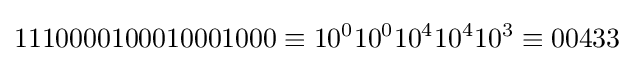
1110000100010001000\equiv 10^{0}10^{0}10^{4}10^{4}10^{3}\equiv 00433